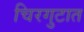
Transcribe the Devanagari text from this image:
चिरगुटात